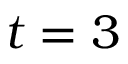
t = 3